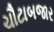
ચૌટાબજાર